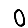
Digit: 0